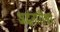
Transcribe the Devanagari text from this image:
अर्द्धनारीश्वर